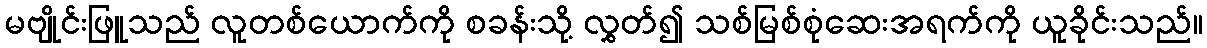
မဗျိုင်းဖြူသည် လူတစ်ယောက်ကို စခန်းသို့ လွှတ်၍ သစ်မြစ်စုံဆေးအရက်ကို ယူခိုင်းသည်။